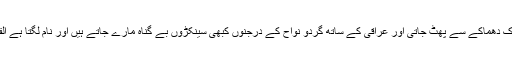
کچھ دیر بعد گاڑی خوفناک دھماکے سے پھٹ جاتی اور عراقی کے ساتھ گردو نواح کے درجنوں کبھی سینکڑوں بے گناہ مارے جاتے ہیں اور نام لگتا ہے القاعدہ کا یا شیعہ پارٹی کا۔